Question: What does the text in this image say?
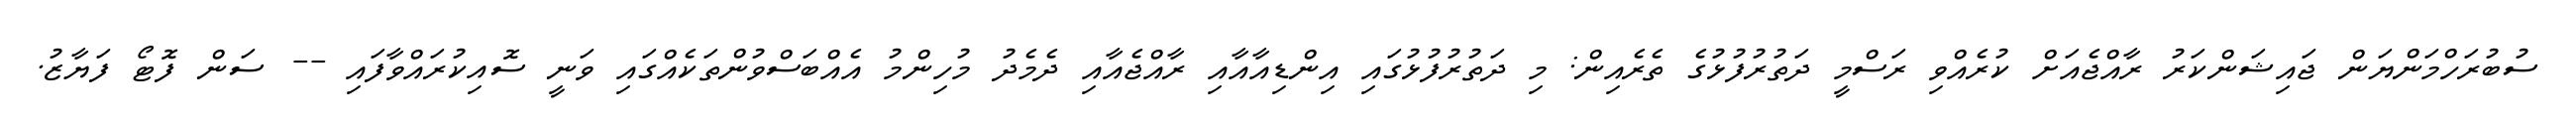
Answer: ސުބުރަހްމަންޔަން ޖައިޝަންކަރު ރާއްޖެއަށް ކުރެއްވި ރަސްމީ ދަތުރުފުޅުގެ ތެރެއިން: މި ދަތުރުފުޅުގައި އިންޑިއާއާއި ރާއްޖެއާއި ދެމެދު މުހިންމު އެއްބަސްވުންތަކެއްގައި ވަނީ ސޮއިކުރައްވާފައި -- ސަން ފޮޓޯ ފަޔާޒު.